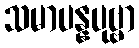
သမာပန္နပုဗ္ဗာ